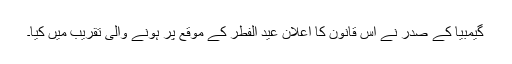
گیمبیا کے صدر نے اس قانون کا اعلان عید الفطر کے موقع پر ہونے والی تقریب میں کیا۔